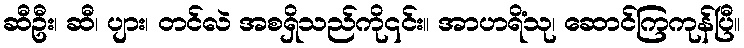
ဆီဦး၊ ဆီ၊ ပျား၊ တင်လဲ အစရှိသည်ကို၎င်း။ အာဟရိံသု၊ ဆောင်ကြကုန်ပြီ။